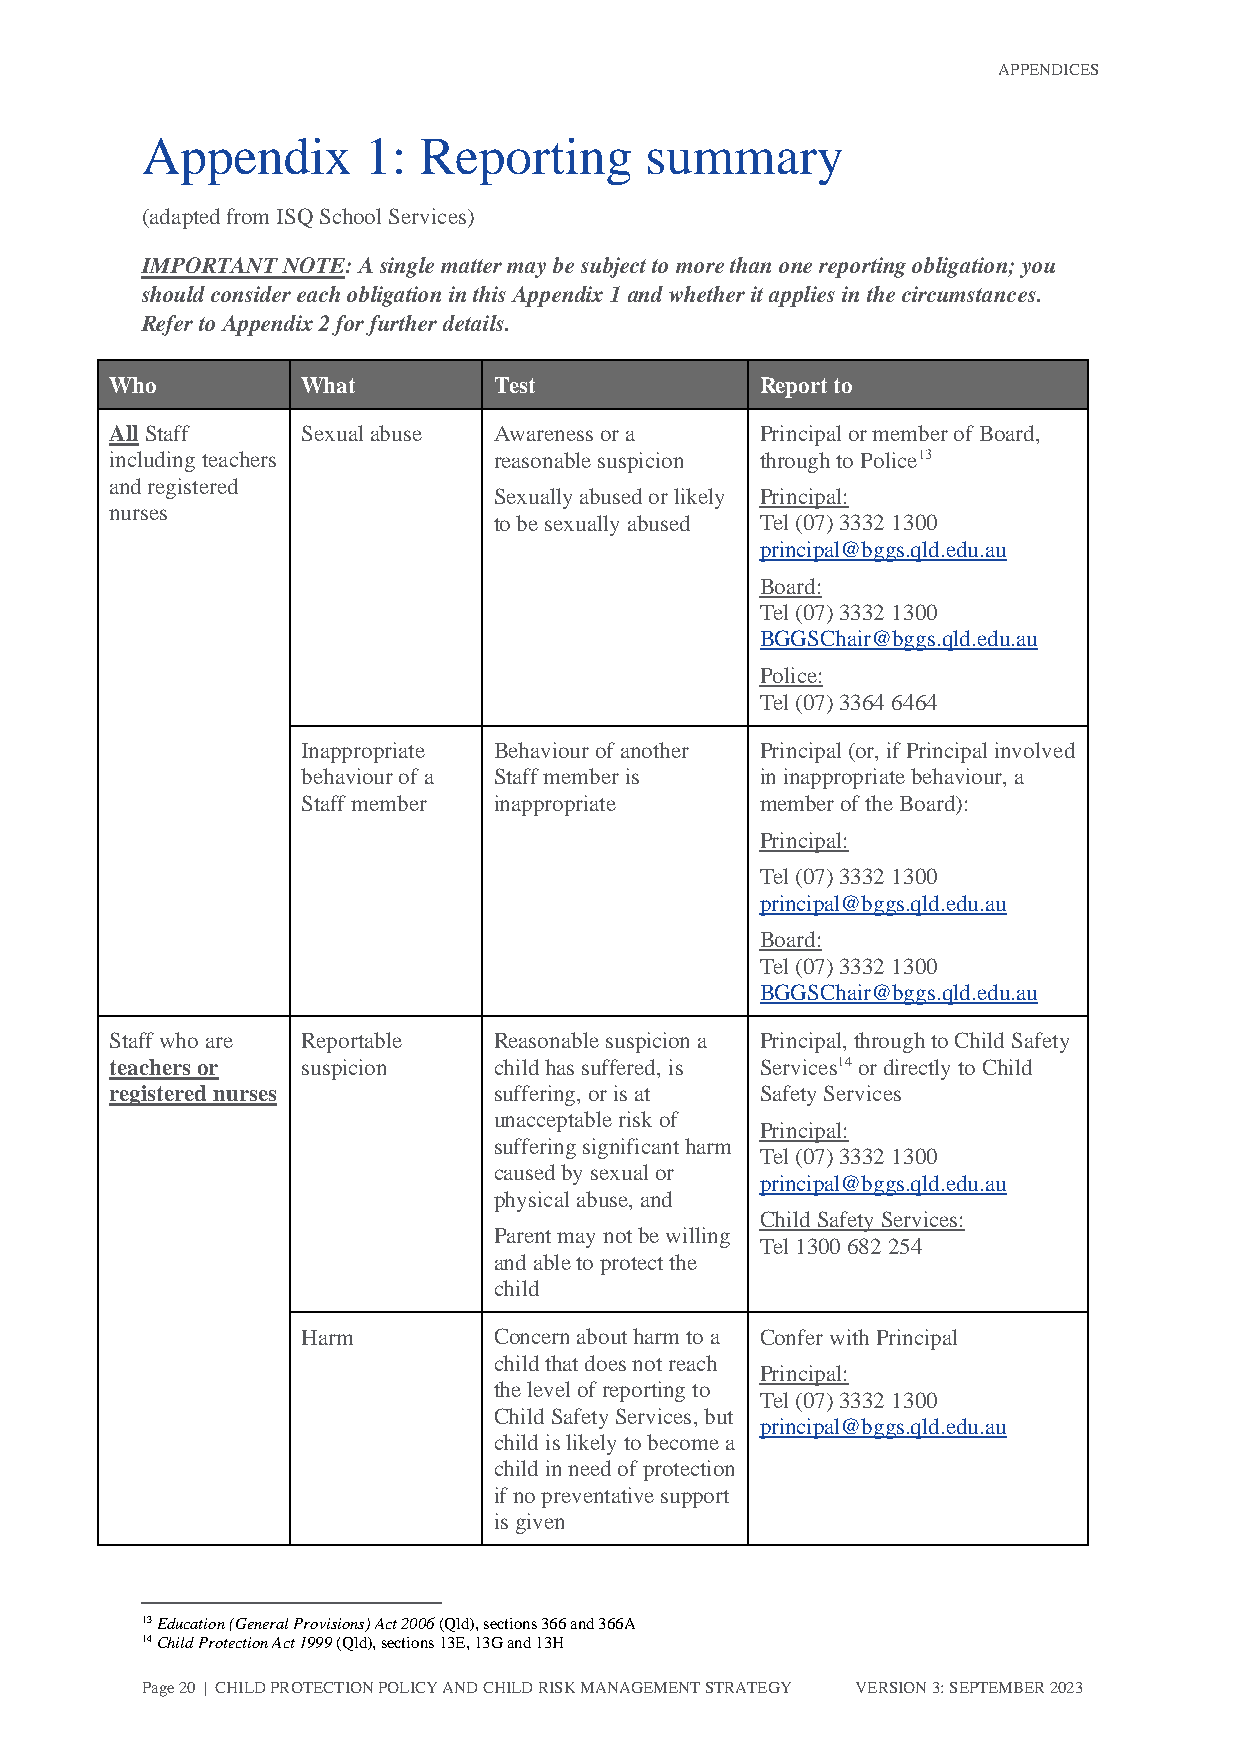
APPENDICES
 Appendix       1:  Reporting      summary
 (adapted from ISQ School Services)
 IMPORTANT NOTE: A single matter may be subject to more than one reporting obligation; you
 should consider each obligation in this Appendix 1 and whether it applies in the circumstances.
 Refer to Appendix 2 for further details.
 Who          What         Test             Report to
 All Staff    Sexual abuse Awareness or a   Principal or member of Board,
 including teachers        reasonable suspicion through to Police13
 and registered
 Sexually abused or likely Principal:
 nurses
 to be sexually abused Tel (07) 3332 1300
 principal@bggs.qld.edu.au
 Board:
 Tel (07) 3332 1300
 BGGSChair@bggs.qld.edu.au
 Police:
 Tel (07) 3364 6464
 Inappropriate Behaviour of another Principal (or, if Principal involved
 behaviour of a Staff member is in inappropriate behaviour, a
 Staff member inappropriate    member of the Board):
 Principal:
 Tel (07) 3332 1300
 principal@bggs.qld.edu.au
 Board:
 Tel (07) 3332 1300
 BGGSChair@bggs.qld.edu.au
 Staff who are Reportable  Reasonable suspicion a Principal, through to Child Safety
 teachers or  suspicion    child has suffered, is Services14 or directly to Child
 registered nurses         suffering, or is at Safety Services
 unacceptable risk of
 Principal:
 suffering significant harm
 Tel (07) 3332 1300
 caused by sexual or
 principal@bggs.qld.edu.au
 physical abuse, and
 Child Safety Services:
 Parent may not be willing
 Tel 1300 682 254
 and able to protect the
 child
 Harm         Concern about harm to a Confer with Principal
 child that does not reach
 Principal:
 the level of reporting to
 Tel (07) 3332 1300
 Child Safety Services, but
 principal@bggs.qld.edu.au
 child is likely to become a
 child in need of protection
 if no preventative support
 is given
 13 Education (General Provisions) Act 2006 (Qld), sections 366 and 366A
 14 Child Protection Act 1999 (Qld), sections 13E, 13G and 13H
 Page 20 | CHILD PROTECTION POLICY AND CHILD RISK MANAGEMENT STRATEGY VERSION 3: SEPTEMBER 2023